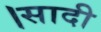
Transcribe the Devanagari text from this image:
।सादी